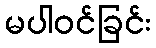
မပါဝင်ခြင်း